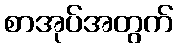
စာအုပ်အတွက်